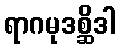
ရာဂမုဒစ္ဆိဒါ